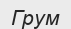
Грум